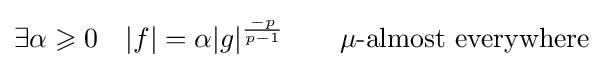
\exists \alpha \geqslant 0\quad |f|=\alpha |g|^{\frac {-p}{p-1}}\qquad \mu {\text{-almost everywhere}}